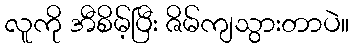
လူကို အီစိမ့်ပြီး ဇိမ်ကျသွားတာပဲ။